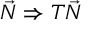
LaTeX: { \vec { N } } \Rightarrow T { \vec { N } }